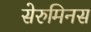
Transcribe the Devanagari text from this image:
सेरुमिनस